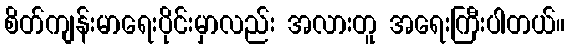
စိတ်ကျန်းမာရေးပိုင်းမှာလည်း အလားတူ အရေးကြီးပါတယ်။